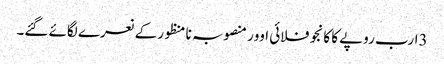
3ارب روپے کا کانجو فلائی اوور منصوبہ نا منظورکے نعرے لگائے گئے۔